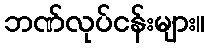
ဘဏ်လုပ်ငန်းများ။